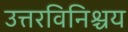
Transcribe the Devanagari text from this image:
उत्तरविनिश्चय